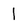
Character: l